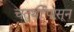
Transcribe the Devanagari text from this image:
चतुर्थीपासून